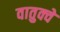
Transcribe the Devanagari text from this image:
वातुक्वे